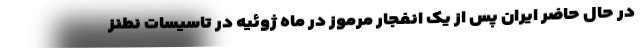
در حال حاضر ایران پس از یک انفجار مرموز در ماه ژوئیه در تاسیسات نطنز